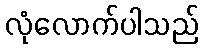
လုံလောက်ပါသည်